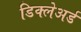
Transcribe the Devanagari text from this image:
डिक्‍लेअर्ड